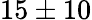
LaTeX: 15\pm 10